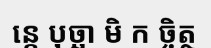
ន្តេ បុច្ឆា មិ ក ច្ចិត្ថ